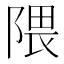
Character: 隈